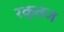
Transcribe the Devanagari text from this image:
रक्तज